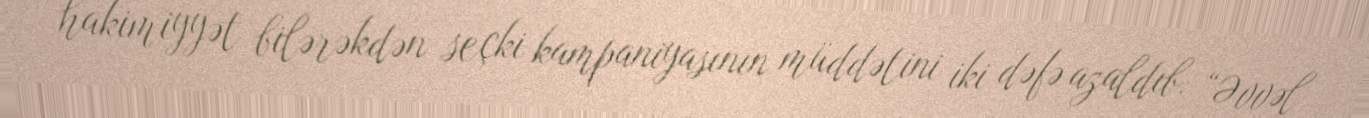
hakimiyyət bilərəkdən seçki kampaniyasının müddətini iki dəfə azaldıb: “Əvvəl